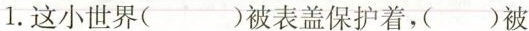
1.这小世界()被表盖保护着，()被